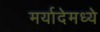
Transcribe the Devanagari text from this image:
मर्यादेमध्ये